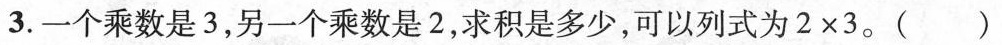
3.一个乘数是3，另一个乘数是2，求积是多少，可以列式为$$2 \times 3$$。( )